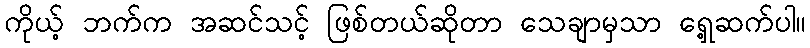
ကိုယ့် ဘက်က အဆင်သင့် ဖြစ်တယ်ဆိုတာ သေချာမှသာ ရှေ့ဆက်ပါ။